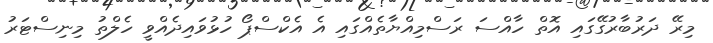
މިރޭ ދަރުބާރުގޭގައި އޮތް ހާއްސަ ރަސްމިއްޔާތެއްގައި އެ އެކްސްޕޯ ހުޅުވައިދެއްވީ ހެލްތު މިނިސްޓަރު